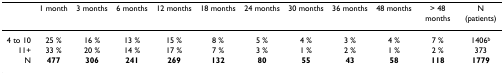
|  | 1 month | 3 months | 6 months | 12 months | 18 months | 24 months | 30 months | 36 months | 48 months | > 48 months | N (patients) |
 | --- | --- | --- | --- | --- | --- | --- | --- | --- | --- | --- | --- |
 | 4 to 10 | 25 % | 16 % | 13 % | 15 % | 8 % | 5 % | 4 % | 3 % | 4 % | 7 % | 1406b |
 | 11+ | 33 % | 20 % | 14 % | 17 % | 7 % | 3 % | 1 % | 2 % | 1 % | 2 % | 373 |
 | N | 477 | 306 | 241 | 269 | 132 | 80 | 55 | 43 | 58 | 118 | 1779 |